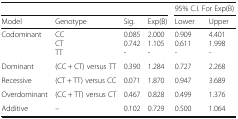
<table><thead><tr><td colspan="4"></td><td colspan="2"><b>95% C.I. For Exp(B)</b></td></tr><tr><td><b>Model</b></td><td><b>Genotype</b></td><td><b>Sig.</b></td><td><b>Exp(B)</b></td><td><b>Lower</b></td><td><b>Upper</b></td></tr></thead><tbody><tr><td>Codominant</td><td>CCCTTT</td><td>0.0850.742-</td><td>2.0001.105-</td><td>0.9090.611-</td><td>4.4011.998-</td></tr><tr><td>Dominant</td><td>(CC + CT) versus TT</td><td>0.390</td><td>1.284</td><td>0.727</td><td>2.268</td></tr><tr><td>Recessive</td><td>(CT + TT) versus CC</td><td>0.071</td><td>1.870</td><td>0.947</td><td>3.689</td></tr><tr><td>Overdominant</td><td>(CC + TT) versus CT</td><td>0.467</td><td>0.828</td><td>0.499</td><td>1.376</td></tr><tr><td>Additive</td><td>–</td><td>0.102</td><td>0.729</td><td>0.500</td><td>1.064</td></tr></tbody></table>